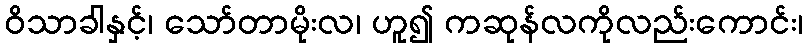
ဝိသာခါနှင့်၊ သော်တာမိုးလ၊ ဟူ၍ ကဆုန်လကိုလည်းကောင်း၊